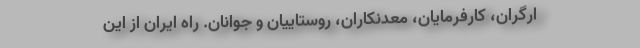
ارگران، کارفرمایان، معدنکاران، روستاییان و جوانان. راه ایران از این